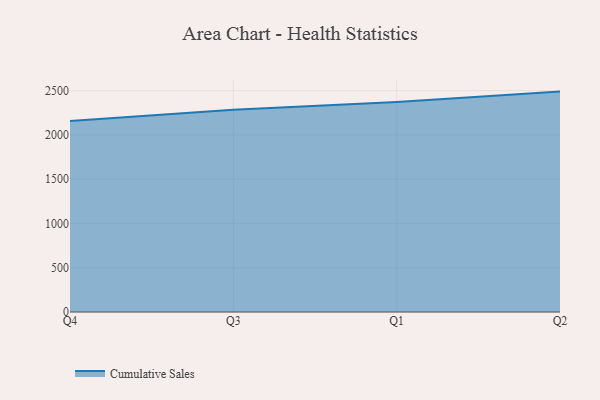
{"axis": {"x": "Quarter", "y": "LTV (USD)"}, "legend": ["Cumulative Sales"], "data": [{"x": "Q4", "y": 2157.2, "type": "Cumulative Sales"}, {"x": "Q3", "y": 2283.9, "type": "Cumulative Sales"}, {"x": "Q1", "y": 2373.0, "type": "Cumulative Sales"}, {"x": "Q2", "y": 2489.3, "type": "Cumulative Sales"}]}